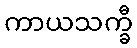
ကာယသက္ခီ